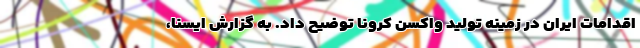
اقدامات ایران در زمینه تولید واکسن کرونا توضیح داد. به گزارش ایسنا،